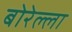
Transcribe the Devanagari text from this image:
बोरेल्ला